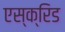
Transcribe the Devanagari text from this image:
एस्क्रिड